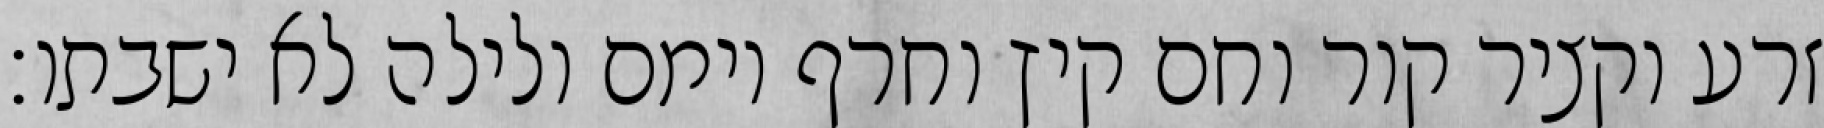
זרע וקציר קור וחם קיץ וחרף יומם ולילה לא ישבתו׃